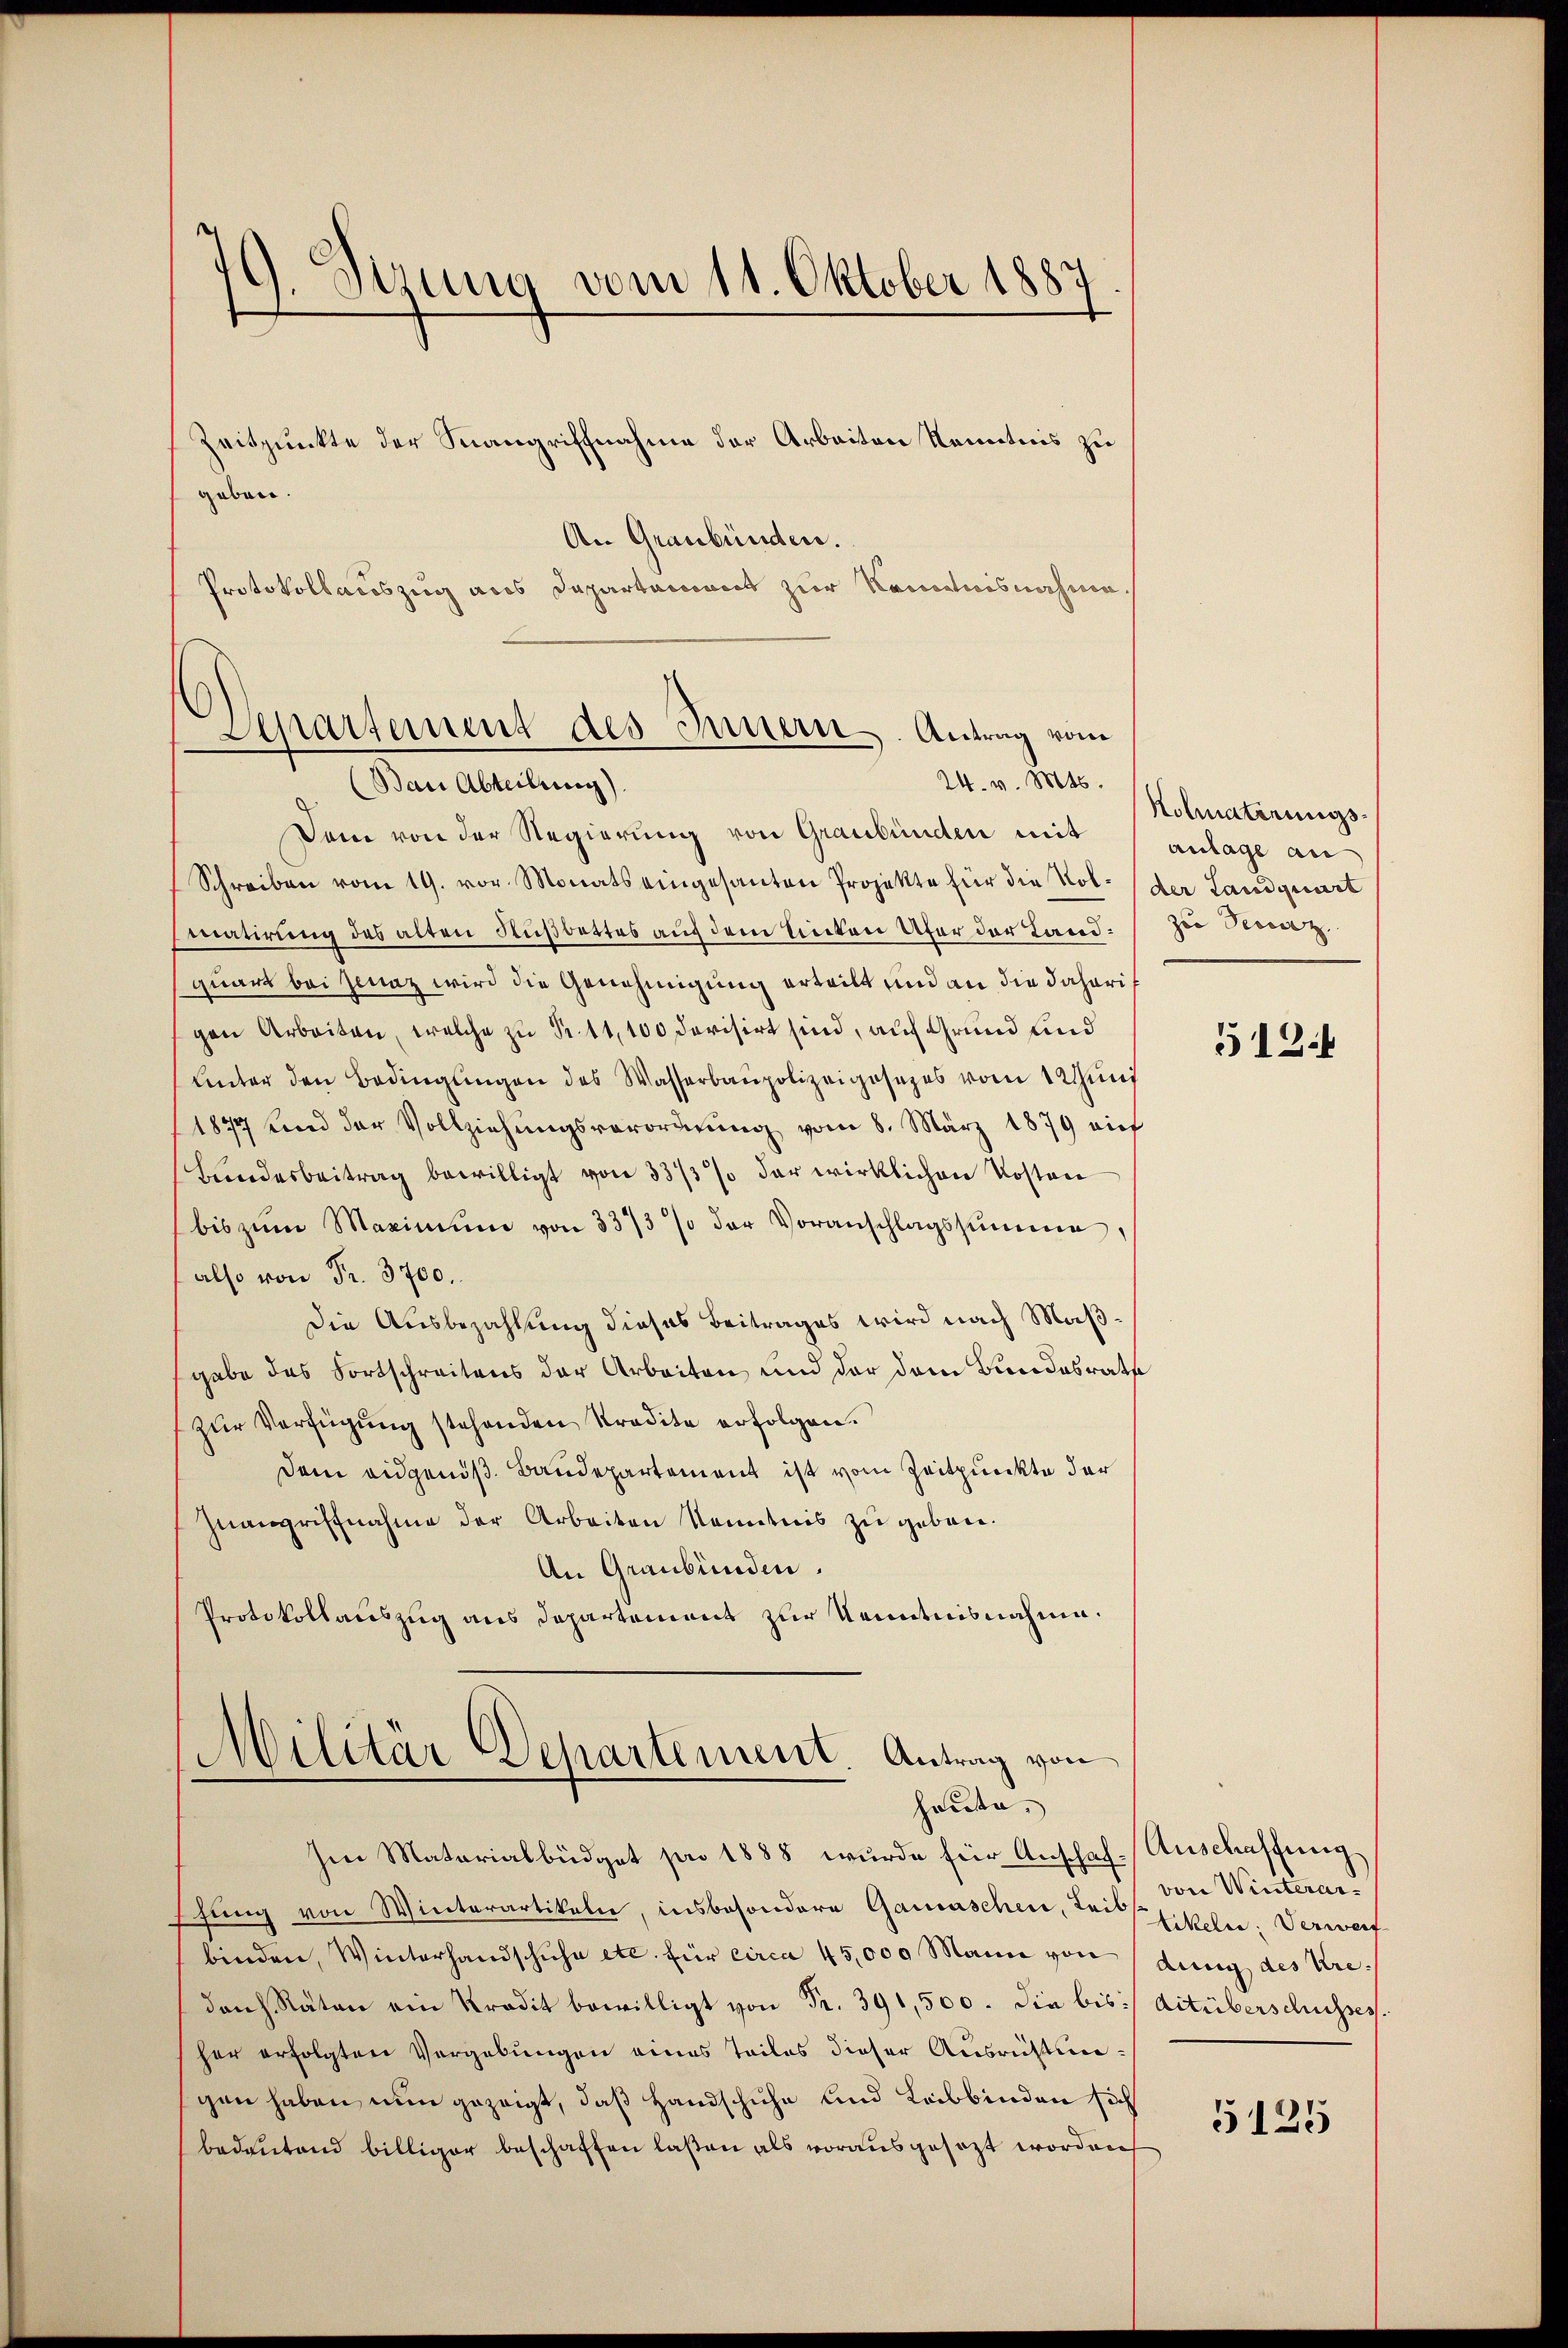
7. Sitzung vom 11. Oktober 1887

gaben.
An Graubünden.
Protokollauszug aus Departement zur Kenntnisnahme.
Separtement des Innern. Antrag vom
24. v. Mts.
(Ban Abteilung).

Zeitpunkte der Stangriffnahme der Arbeiten Kenntnis zu
Dem von der Regierŭng von Graubünden mit anlage au
Schreiben vom 19. vor. Monats eingesanten Projekte für die Kol- (der Landquart
matirung des alten Flußbettes auf dem Seiten Ufer der Landquart bei siaz wird die Genehmigung erteilt und an die daheris
gen Arbeiten, welche zu Pr. 11,100 Dovisirt sind, auf Grund und
Unter den Bedingungen des Wasserbaupolizeigesezes vom 1 Stund
1877 und der Vollziehŭngsverordnŭng vom 8. März 1879 auf
Bundesbeitrag bewilligt von 33/3 % der wirklichen Kosten
bis zŭm Maximum von 337/3 % der Voranschlagssumme,
also von Fr. 3700.
die Ausbezahlung dieses Beitrages wird nach Maßgabe das Fortschreitens der Arbeiten und der dem Bundesrath
zur Verfügung stehenden Kredite erfolgen.
Dem eidgenöß. Baudepartement ist vom Zeitpunkte der
Inangriffnahme der Arbeiten Kenntnis zu geben.
An Graubünden.
Protokollauszug aus Departement zur Kenntnisnahme.

Militär Departement Antrag von
haute,

Ien Materialbüdget pro 1888 wurde für Anschaf-Anschaffung,
schung von Winterartikeln, insbesondere Gamaschen, Teil von Winterarbinden, Winterhandschuhe etc. für circa 45,000 Mann von dung des Kredans Räten ein Kredit bewilligt von Fr. 391,500. Die bis :/ ditüberschusses.
her erfolgten Vergebungen eines Teiles dieser Ausrichtungen haben nun gezeigt, daß Handschuhe und Leibbinden sich
bedeutend billiger beschaffen laßen als vorausgesezt worden

Holuatirungszu Derarz

512.

Likeln; Verwerf

5125